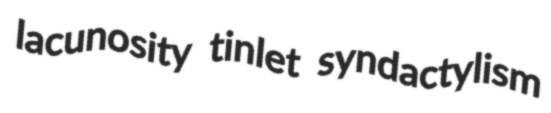
lacunosity tinlet syndactylism